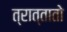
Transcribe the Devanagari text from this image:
त्रात्तातो